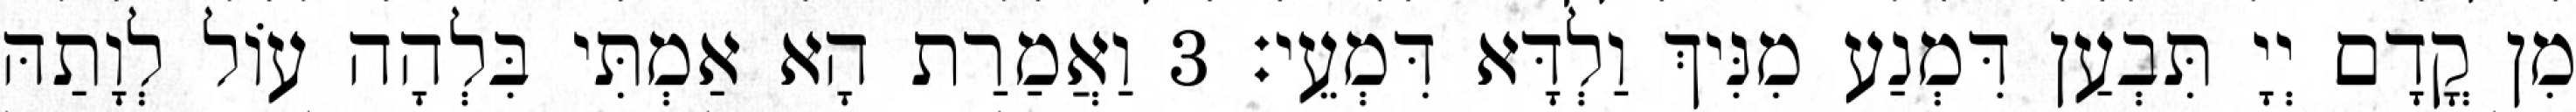
מִן קֳדָם יְיָ תִּבְעַן דִּמְנַע מִנִּיךְ וַלְדָּא דִּמְעֵי׃ 3 וַאֲמַרַת הָא אַמְתִּי בִּלְהָה עוֹל לְוָתַהּ